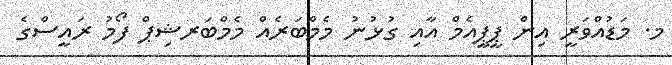
މ. މަޑުއްވަރީ އިން ޕީޕީއެމް އާއި ގުޅުނު މެމްބަރެއް މެމްބަރޝިޕް ފޯމު ރައީސްގެ